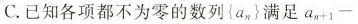
C.已知各项都不为零的数列\left \{ a_{n} \right \} 满足$$a _ { n + 1 } -